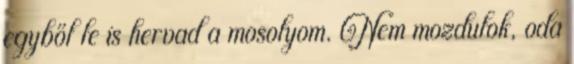
egyből le is hervad a mosolyom. Nem mozdulok, oda